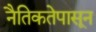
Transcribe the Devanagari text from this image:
नैतिकतेपासून